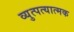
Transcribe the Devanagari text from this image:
व्युत्पत्यात्मक